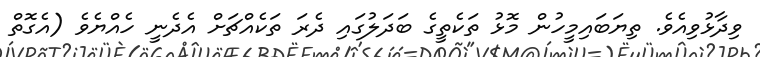
ވިދާޅުވިއެވެ. ތިޔަބައިމީހުން މޮޅު ތަކެތީގެ ބަދަލުގައި ދެރަ ތަކެއްޗަށް އެދެނީ ހެއްޔެވެ (އެގޮތް